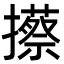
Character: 攃